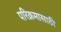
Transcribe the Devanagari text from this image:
परिक्रमासाठी